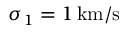
\sigma _ { 1 } = 1 \, \mathrm { k m / s }